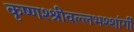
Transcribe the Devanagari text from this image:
कृष्णश्श्रीवल्लभश्शांर्गी